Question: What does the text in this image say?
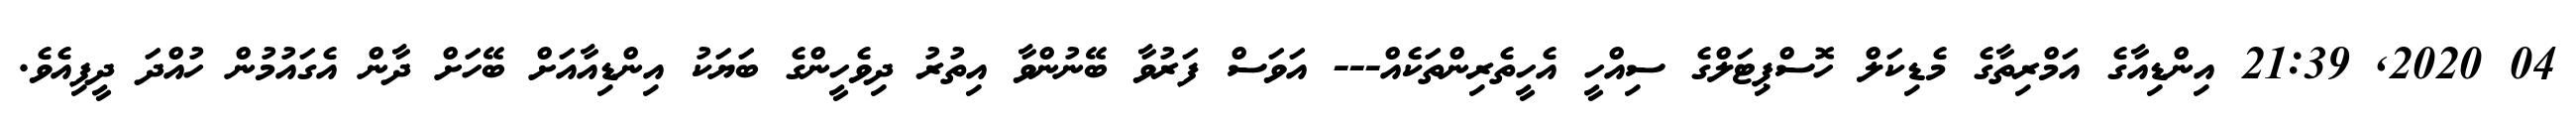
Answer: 04 2020, 21:39 އިންޑިއާގެ އަމްރިތާގެ މެޑިކަލް ހޮސްޕިޓަލްގެ ސިއްހީ އެހީތެރިންތަކެއް--- އަވަސް ފަރުވާ ބޭނުންވާ އިތުރު ދިވެހީންގެ ބަޔަކު އިންޑިއާއަށް ބޭހަށް ދާން އެގައުމުން ހުއްދަ ދީފިއެވެ.